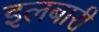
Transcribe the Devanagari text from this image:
इलबारी